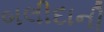
બલીદાની